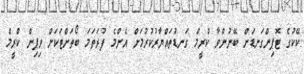
ކޭކުގެ ޓޮޕިންގަނޑަށް ބޭނުންވާ ކްރީމް ގަނޑުތައްޔާރުކުރުމަށް އެންމެ ފުރަތަމަ ބޯތަށްޓަކަށް ވިޕިން ކްރީމް